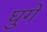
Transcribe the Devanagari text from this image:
घुगे